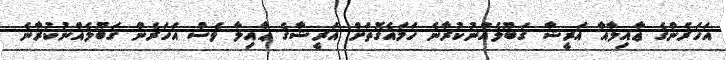
އަހަރެންގެ ޢާއިލާއާ އަރީޝާ ޤަބޫލެއްނުކުރާނެ ހަމައެގޮތަށް އަރީޝާގެ ޢާއިލާ ވެސް އަހަރެން ޤަބޫލެއްނުކުރާނެ